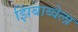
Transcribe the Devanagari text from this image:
झिंबाब्वेला